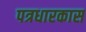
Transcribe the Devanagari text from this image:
पत्रधारकास